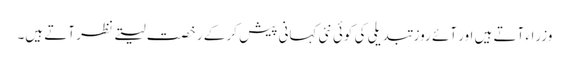
وزراء آتے ہیں اور آئے روز تبدیلی کی کوئی نئی کہانی پیش کر کے رخصت لیتے نظر آتے ہیں۔